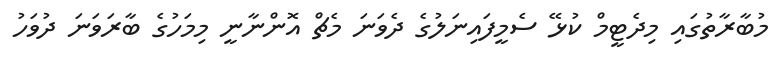
މުބާރާތުގައި މިދެޓީމް ކުޅޭ ސެމީފައިނަލުގެ ދެވަނަ މެޗް އޮންނާނީ މިމަހުގެ ބާރަވަނަ ދުވަހު